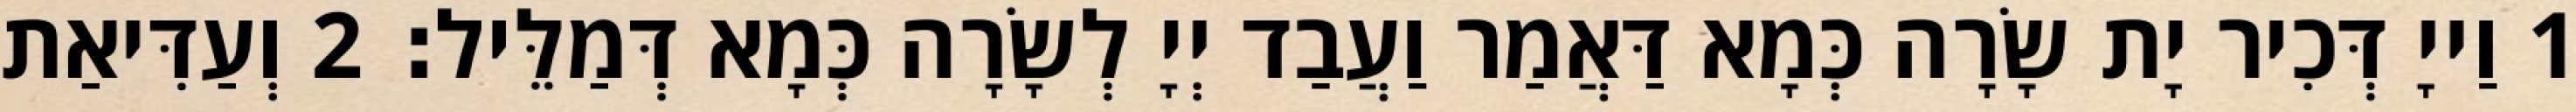
1 וַייָ דְּכִיר יָת שָׂרָה כְּמָא דַּאֲמַר וַעֲבַד יְיָ לְשָׂרָה כְּמָא דְּמַלֵּיל׃ 2 וְעַדִּיאַת